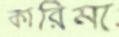
কারিমা